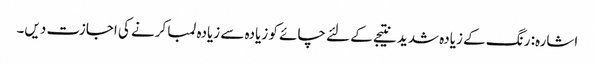
اشارہ: رنگ کے زیادہ شدید نتیجے کے لئے چائے کو زیادہ سے زیادہ لمبا کرنے کی اجازت دیں۔